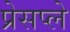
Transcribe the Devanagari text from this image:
प्रेसप्ले